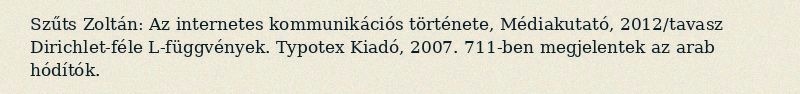
Szűts Zoltán: Az internetes kommunikációs története, Médiakutató, 2012/tavasz Dirichlet-féle L-függvények. Typotex Kiadó, 2007. 711-ben megjelentek az arab hódítók.